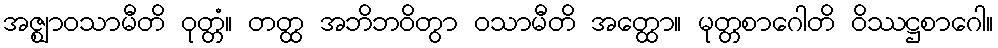
အဇ္ဈာဝသာမီတိ ဝုတ္တံ။ တတ္ထ အဘိဘဝိတွာ ဝသာမီတိ အတ္ထော။ မုတ္တစာဂေါတိ ဝိဿဋ္ဌစာဂေါ။